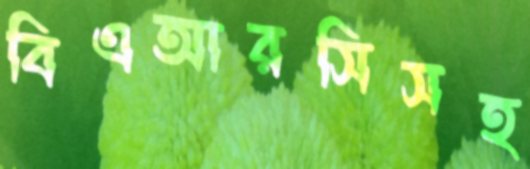
বিএআরসিসহ